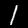
Digit: 1